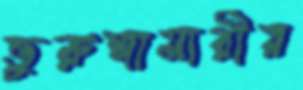
ভুরুঙ্গামারীর